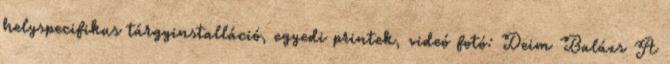
helyspecifikus tárgyinstalláció, egyedi printek, videó fotó: Deim Balázs A